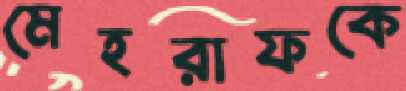
মেহরাফকে